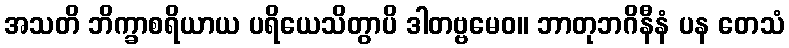
အသတိ ဘိက္ခာစရိယာယ ပရိယေသိတွာပိ ဒါတဗ္ဗမေဝ။ ဘာတုဘဂိနီနံ ပန တေသံ